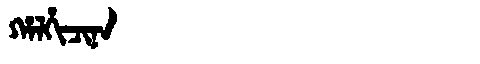
Manchu: ᡥᠠᠯᡥᡳᠴᡳᠨᠠ
Romanization: HALHICINA